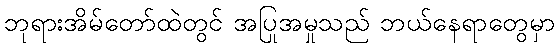
ဘုရားအိမ်တော်ထဲတွင် အပြုအမှုသည် ဘယ်နေရာတွေမှာ